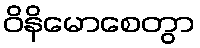
ဝိနိမောစေတွာ